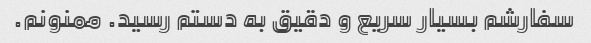
سفارشم بسیار سریع و دقیق به دستم رسید. ممنونم.